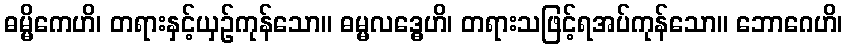
ဓမ္မိကေဟိ၊ တရားနှင့်ယှဉ်ကုန်သော။ ဓမ္မလဒ္ဓေဟိ၊ တရားသဖြင့်ရအပ်ကုန်သော။ ဘောဂေဟိ၊